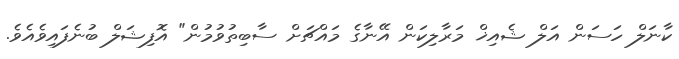
ކާނަލް ހަސަން އަލް ޝެއިޚް މަރާލިކަން އޭނާގެ މައްޗަށް ސާބިތުވުމުން" އޮފިޝަލް ބުނެފައިވެއެވެ.